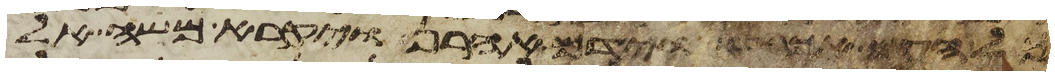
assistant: כל העם אכבד וידם אהרן ויקרא משה אל